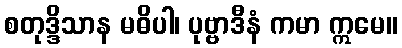
စတုဒ္ဒိသာန မဓိပါ၊ ပုဗ္ဗာဒီနံ ကမာ ဣမေ။